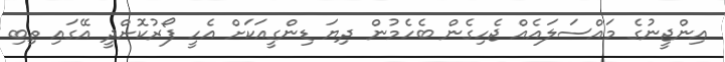
އިންޖީނުގެ މައްސަލައެއް ޖެހިގެން ބެހެމުން ދިޔަ ޑިންގީއަކަށް އެހީ ފޯރުކޮށްދީ އޭގައި ތިބި